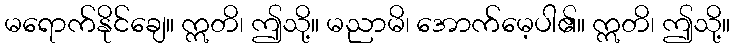
မရောက်နိုင်ချေ။ ဣတိ၊ ဤသို့။ မညာမိ၊ အောက်မေ့ပါ၏။ ဣတိ၊ ဤသို့။